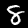
Digit: 8